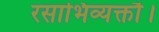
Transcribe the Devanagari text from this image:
रसाभिव्यक्तौ।